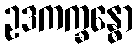
ဥဒကက္ခန္ဓော